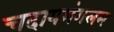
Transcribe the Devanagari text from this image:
चदायमंगलम